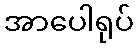
အာပေါရုပ်